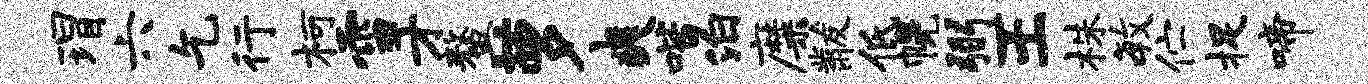
瑁六乞行柯雪才鳌萝爽喈泊靡黻低幌弼王株毓伫捉啼